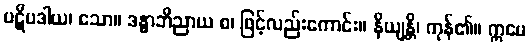
ပဋိပဒါယ၊ သော။ ဒန္ဓာဘိညာယ စ၊ ဖြင့်လည်းကောင်း။ နိယျန္တိ၊ ကုန်၏။ ဣမေ